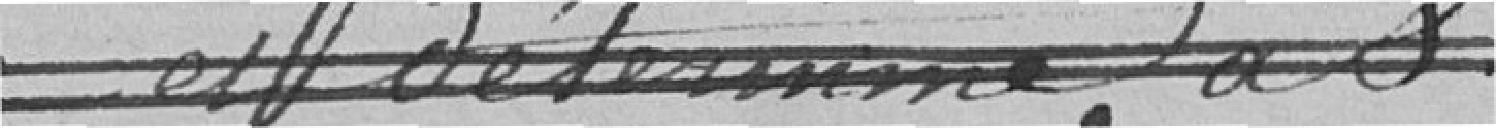
et déterminé à 8 toises de bois et